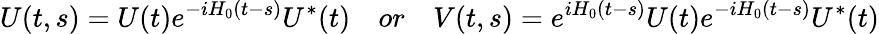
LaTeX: U(t,s)=U(t)e^{-iH_{0}(t-s)}U^{*}(t)\quad or\quad V(t,s)=e^{iH_{0}(t-s)}U(t)e^{-iH_{0}(t-s)}U^{*}(t)